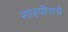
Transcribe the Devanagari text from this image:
शाहपीराचे